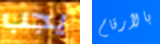
يجب بالأرقام